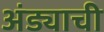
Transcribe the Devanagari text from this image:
अंड्याची